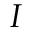
I